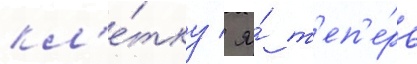
кл'е́тку / я́ т'еп'е́рь